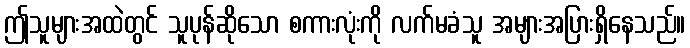
ဤသူများအထဲတွင် သူပုန်ဆိုသော စကားလုံးကို လက်မခံသူ အများအပြားရှိနေသည်။